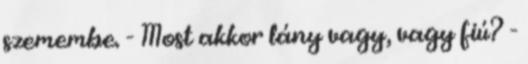
szemembe. - Most akkor lány vagy, vagy fiú? -